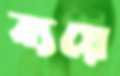
ব্যয়ে